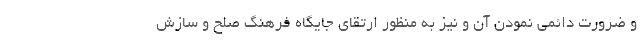
و ضرورت دائمی نمودن آن و نیز به منظور ارتقای جایگاه فرهنگ صلح و سازش